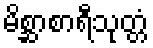
မိစ္ဆာစာရီသုတ္တံ